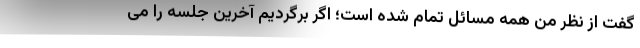
گفت از نظر من همه مسائل تمام شده است؛ اگر برگردیم آخرین جلسه را می